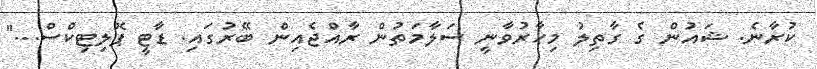
ކުރާނެ. ޝައުން ގެ ގާތިލު މިހާރުވާނީ ސަލާމަތުން ރާއްޖެއިން ބޭރުގައި. ޑާޓީ ޕޮލިޓިކްސް..."